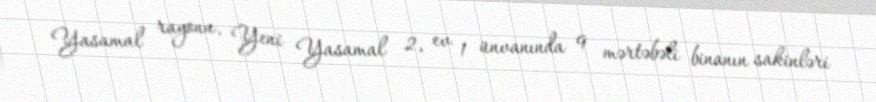
Yasamal rayonu, Yeni Yasamal 2, ev 1 ünvanında 9 mərtəbəli binanın sakinləri